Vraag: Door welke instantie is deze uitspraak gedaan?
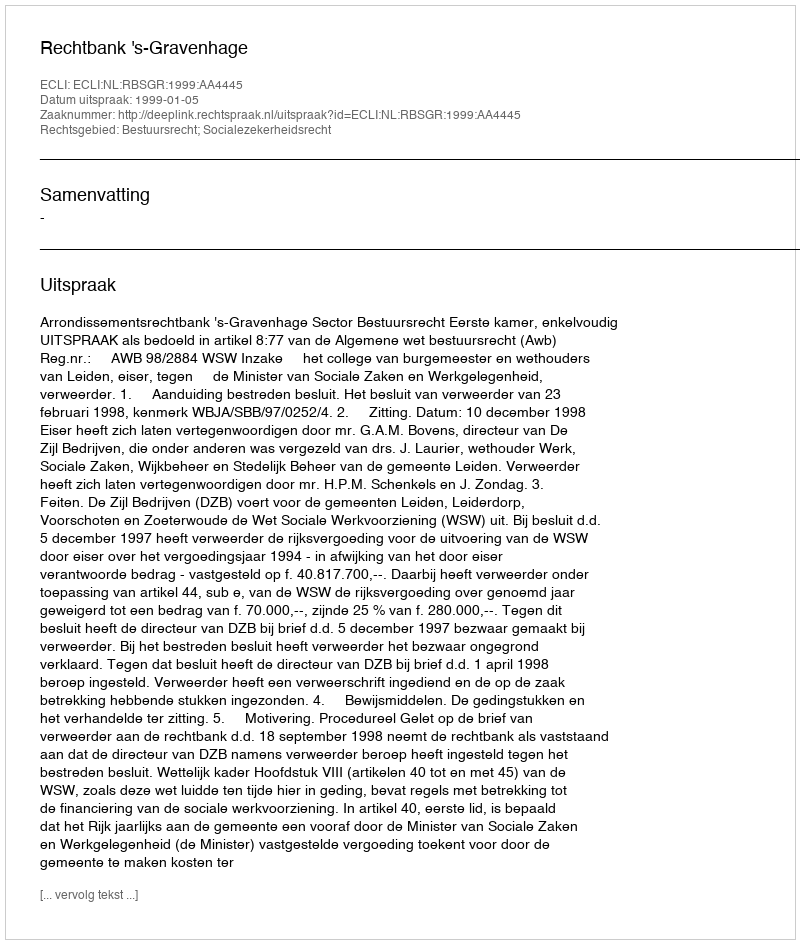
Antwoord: Rechtbank 's-Gravenhage